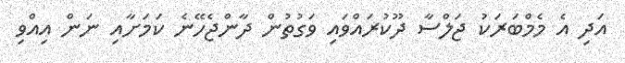
އަދި އެ މެމްބަރަކު ޖަލްސާ ދޫކުރައްވައި ވަގުތުން ދާންޖެހޭނެ ކަމަށާއި ނަން އިއްވި